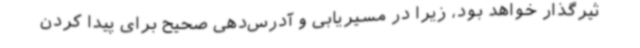
ثیرگذار خواهد بود، زیرا در مسیریابی و آدرس‌دهی صحیح برای پیدا کردن